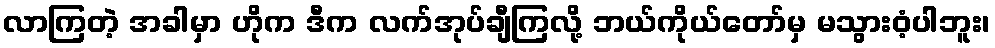
လာကြတဲ့ အခါမှာ ဟိုက ဒီက လက်အုပ်ချီကြလို့ ဘယ်ကိုယ်တော်မှ မသွားဝံ့ပါဘူး၊